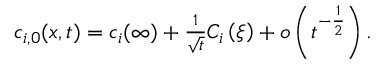
\begin{array} { r } { c _ { i , 0 } ( x , t ) = c _ { i } ( \infty ) + \frac { 1 } { \sqrt { t } } C _ { i } \left( \xi \right) + o \left( t ^ { - \frac { 1 } { 2 } } \right) . } \end{array}